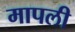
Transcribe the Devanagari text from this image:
मापली